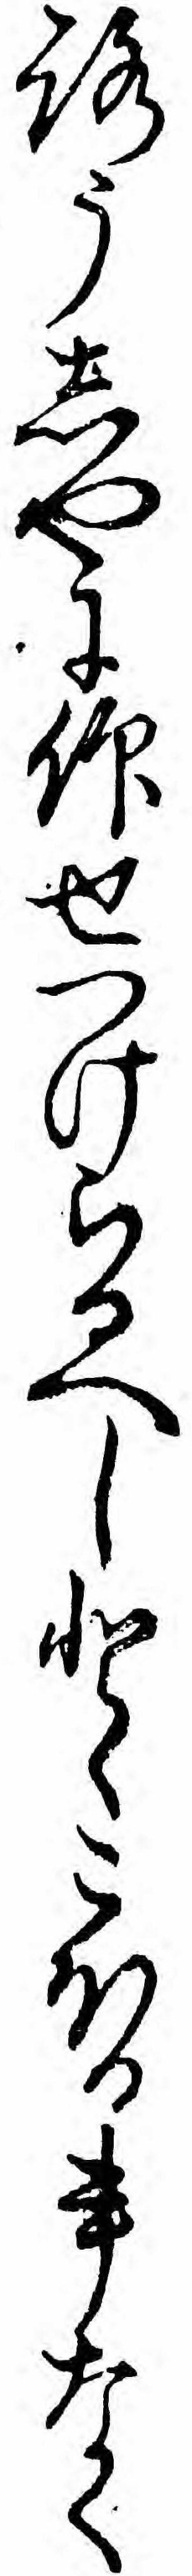
ろうしやに仰せつけらるへしとゝこほる事なく